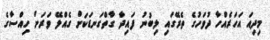
މިދިއަ އަހަރެއްހާ ދުވަހުގެ ތެރޭގައި ލިބުނު ފައިދާ ގާތްގަނޑަކަށް ގެއްލޭ ވަރަށް ހިއްސާގެ